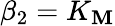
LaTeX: \beta_{2}=K_{\mathbf{M}}